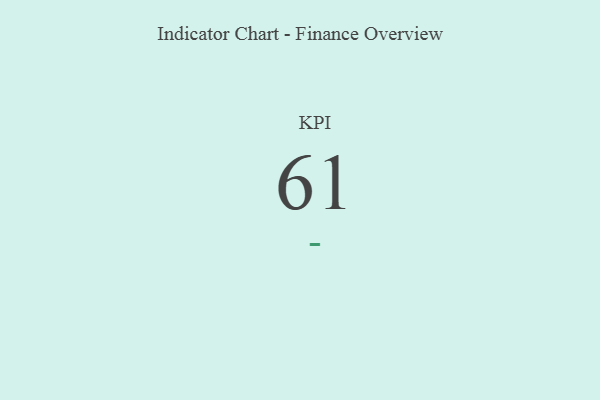
{"axis": {"x": "KPI", "y": "Value"}, "legend": [""], "data": [{"x": "KPI", "y": 61, "type": ""}]}